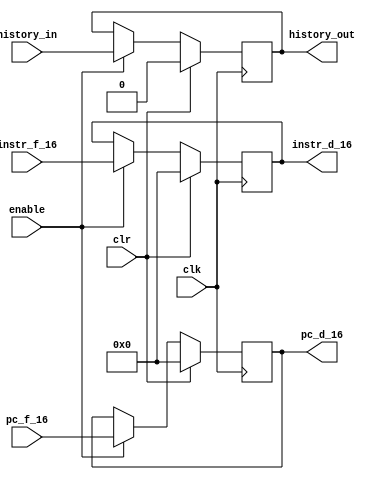
module reg_f2d(clk,enable,clr,instr_f_16,pc_f_16,instr_d_16,pc_d_16,history_in,history_out);//modified
input clk,enable,clr;
input history_in;
output reg history_out;
input [15:0] instr_f_16,pc_f_16;
output reg [15:0] instr_d_16,pc_d_16;
always@(posedge clk)
begin
if (clr)
	begin
	 instr_d_16<=16'h0000;
	 pc_d_16<=16'h0000;

	 history_out<=1'b0;
	end
else if(enable)
	begin
	 instr_d_16<=instr_f_16;
	 pc_d_16<=pc_f_16;

	 history_out<=history_in;
	
	end
end
endmodule
//Test_bench-working
//`timescale 1 ns/1 ps
//module tb_reg_f2d;
//reg tclk,tenable,tclr;
//reg [15:0] tinstr_f_16,tpc_f_16;
//wire [15:0] tinstr_d_16,tpc_d_16;
//reg_f2d R(tclk,tenable,tclr,tinstr_f_16,tpc_f_16,tinstr_d_16,tpc_d_16);
//initial 
//begin
//tclk=1'b0;
//tenable=0;
//tclr=0;
//tinstr_f_16=16'b1010101000000000;
//tpc_f_16=16'b1100111100001111;
//#15;
//tenable=1;
//tinstr_f_16=16'b1010101000000000;
//tpc_f_16=16'b1100111100001111;
//#20;
//tclr=1;
//#20;
//tinstr_f_16=16'h2145;
//tpc_f_16=16'h1025;
//
//end
//
//always
//begin
//#10;
//tclk<=~tclk;
//end
//
//
//endmodule